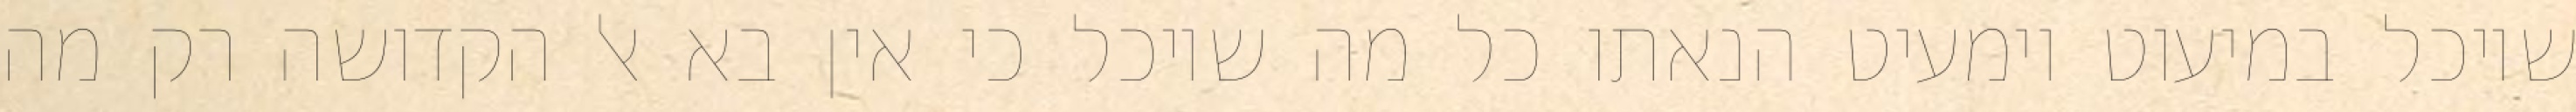
שיוכל במיעוט וימעיט הנאתו כל מה שיוכל כי אין בא אל הקדושה רק מה